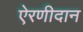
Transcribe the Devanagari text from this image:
ऐरणीदान